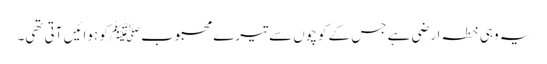
یہ وہی خطہ ارضی ہے جس کے کوچوں سے تیرے محبوبﷺ کو ہوائیں آتی تھی۔